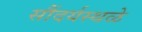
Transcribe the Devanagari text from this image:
सौंदर्यस्थळे